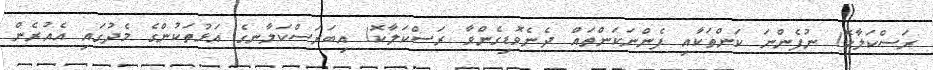
ރަސްކަލާކޮ! ނުފެންނަ ކަންތަކާއި ފެންނަކަންތައް ދެނެވޮޑިގެންވާ ރަސްކަލާކޮ! އިބަރަސްކަލާނގެ އަޅުތަކުންގެ މެދުގައި އެއުރެން